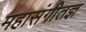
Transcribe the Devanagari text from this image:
महासंगीतज्ञ